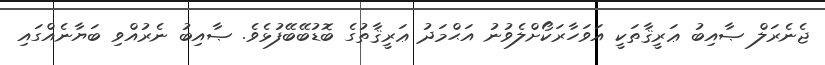
ޖެނެރަލް ޞާއިބު ޢަރީޤާތަކީ އަވަހާރަކޯށްލެވުނު އަޙްމަދު ޢަރީޤާތުގެ ބޮޑުބޭބޭފުޅެވެ. ޞާއިބު ނެރުއްވި ބަޔާނެއްގައި